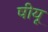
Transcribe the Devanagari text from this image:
षीयू